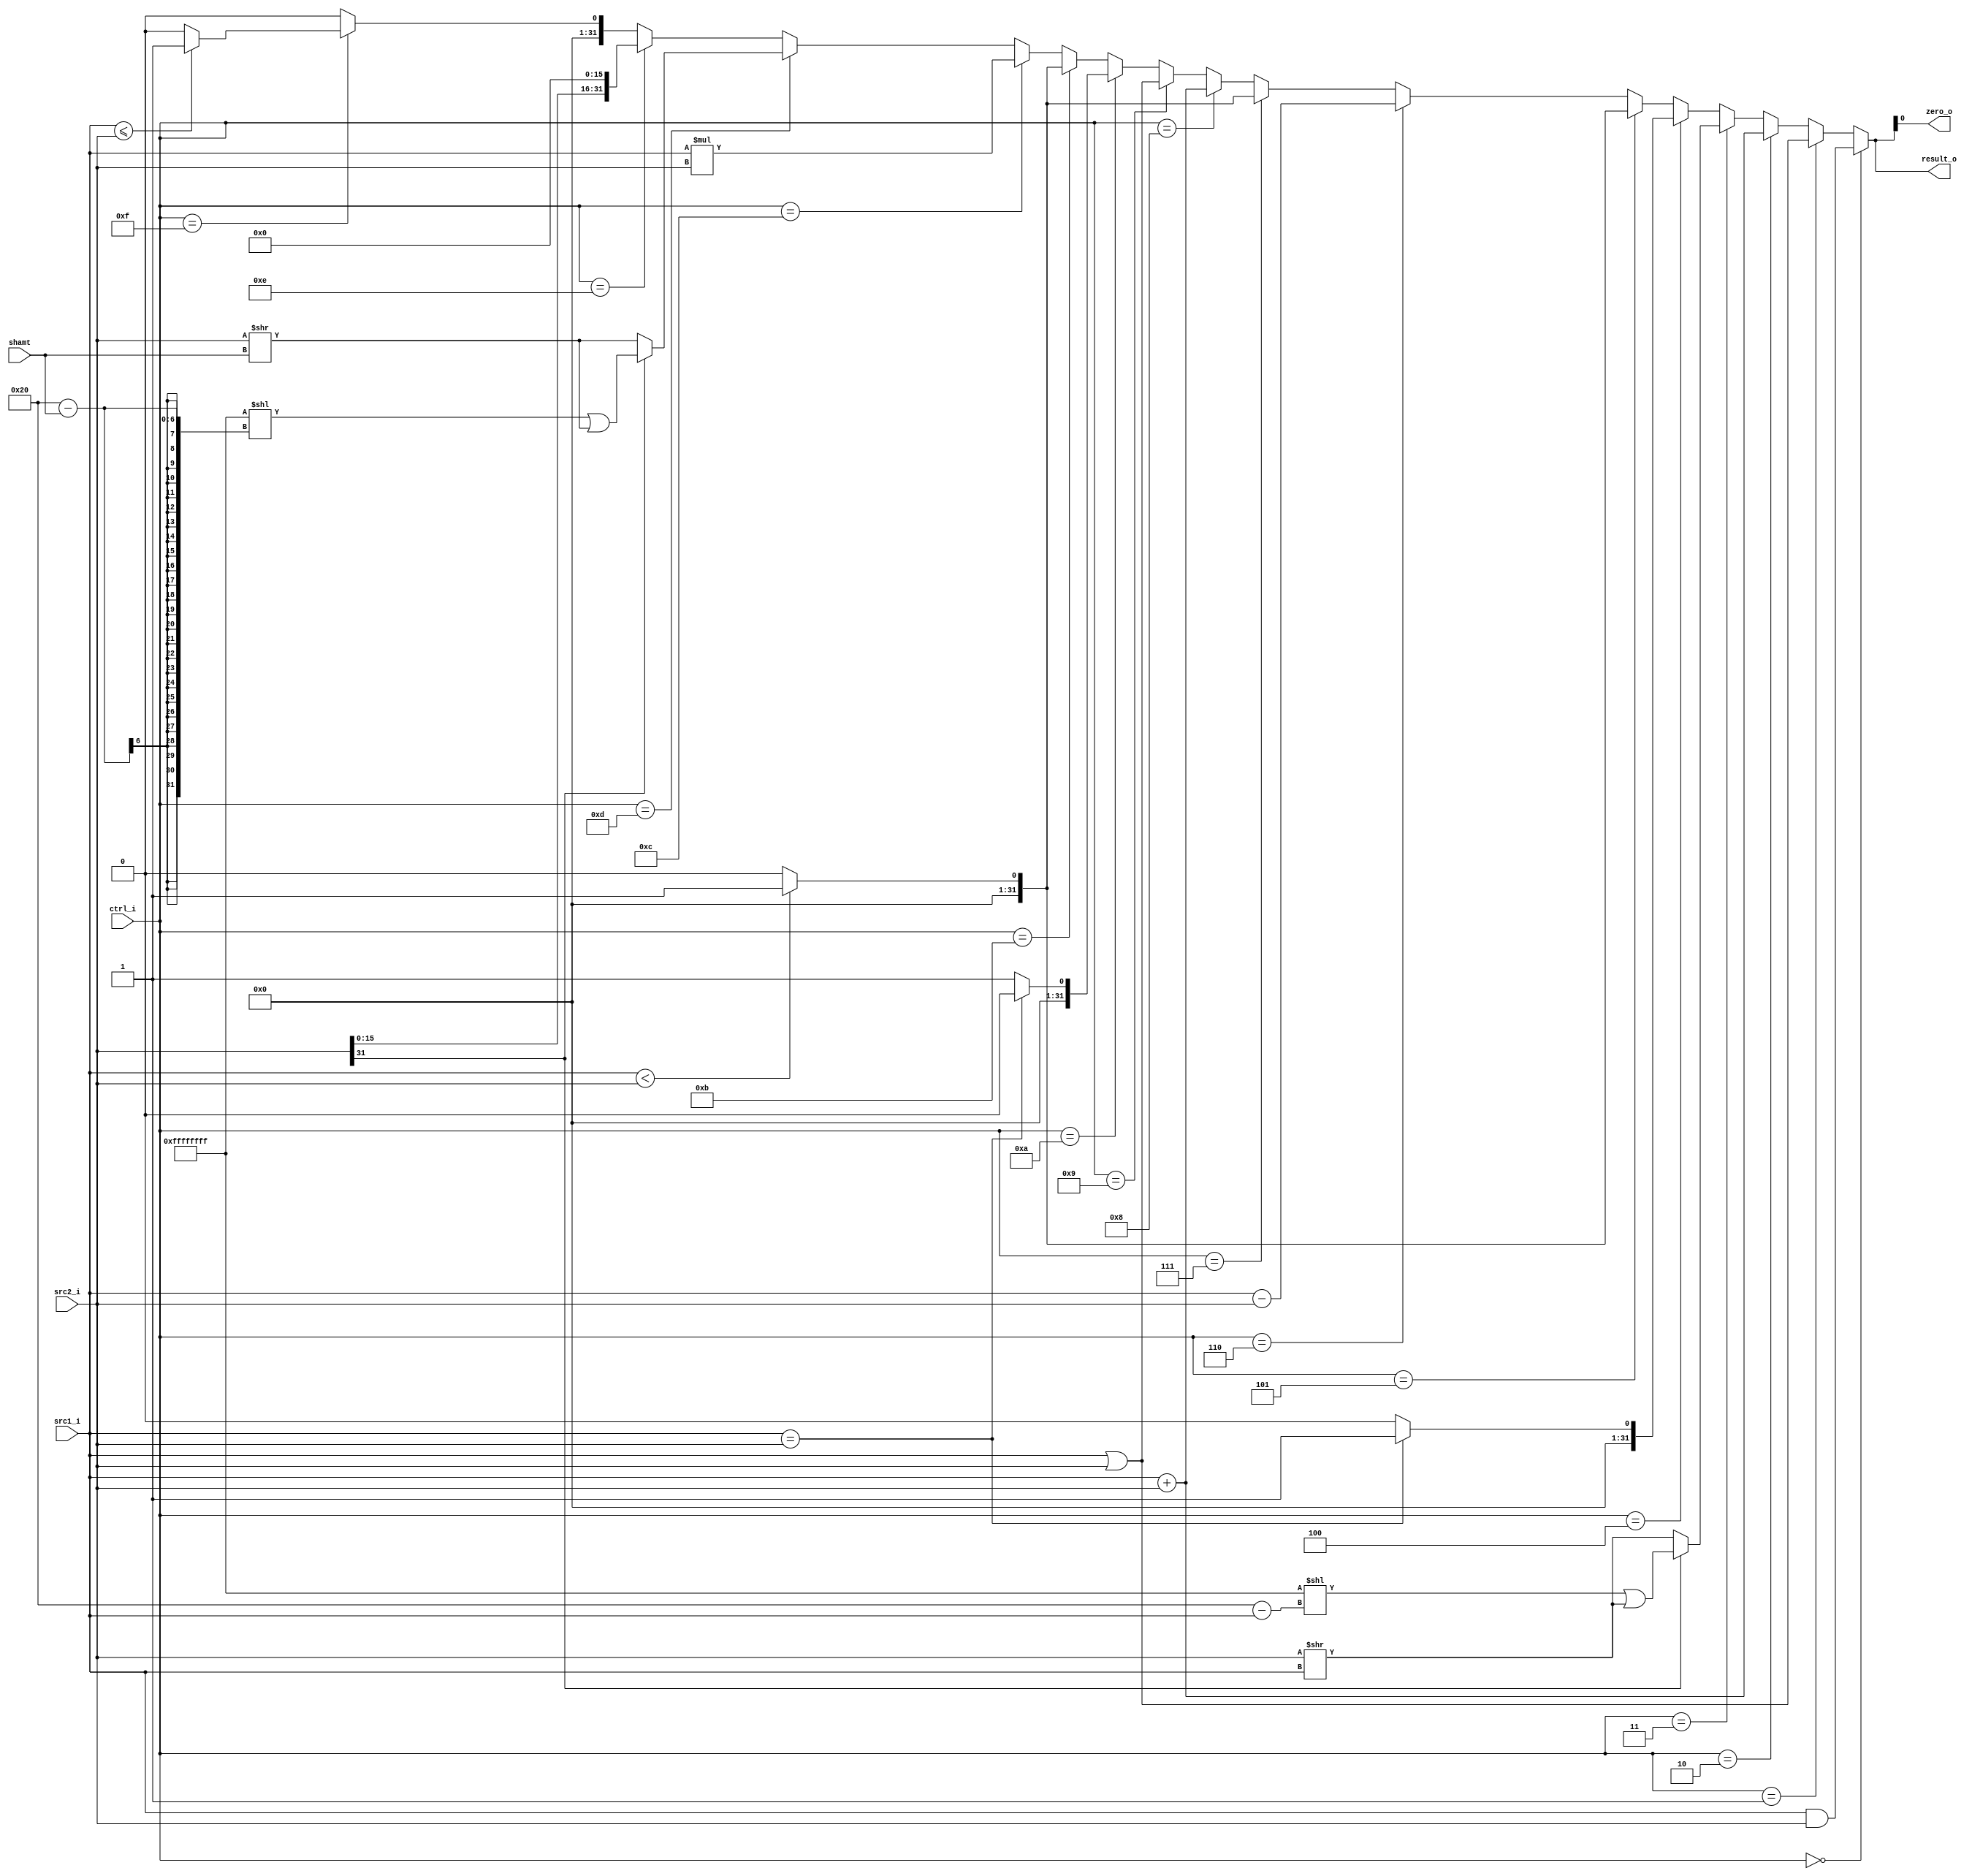
// 0613144  0613149 G

//Subject:     CO project 3 - Simple Single CPU
//--------------------------------------------------------------------------------
//Version:     1
//--------------------------------------------------------------------------------
//Writer:      0613144  0613149 G
//----------------------------------------------
//----------------------------------------------
//Description: 
//--------------------------------------------------------------------------------

module ALU(
    src1_i,
	src2_i,
	ctrl_i,
	result_o,
	zero_o, 
	shamt
	);
     
//I/O ports
input  [32-1:0]  src1_i;
input  [32-1:0]	 src2_i;
input  [5-1: 0]  ctrl_i;
input  [5-1: 0]   shamt;   

output [32-1:0]	 result_o;
output           zero_o;

//Internal signals
reg    [32-1:0]  result_o;
wire             zero_o;
integer          i = 0;
reg    [32-1:0] ones = 32'b11111111111111111111111111111111;
reg    [32-1:0] reg_2;
//assign src2_i[31:16] = (src2_i[15] == 1'b1)?;
//Parameter
assign zero_o = result_o ;
//Main function
always @(ctrl_i,src1_i,src2_i)begin
 // case (ctrl_i)
    ones = 32'b11111111111111111111111111111111;
    if(ctrl_i == 0)result_o<= src1_i&src2_i;                                //or
    else if(ctrl_i == 1)result_o<= src1_i | src2_i;                         //and
	else if(ctrl_i == 2)result_o<=src1_i+src2_i;                            //addu 
	else if(ctrl_i == 3)                                               //srav
    begin                                              
             if(src2_i[31] == 1)begin
               ones = ones << (32-src1_i);
               reg_2 = src2_i>>src1_i;
               result_o<= (ones | reg_2 );
             end
             else result_o<=src2_i>>src1_i;
    end                       
	else if(ctrl_i == 4)result_o<= (src1_i == src2_i)? 1'b1:1'b0;           //beq
	else if(ctrl_i == 5)result_o<= (src1_i < src2_i)? 1'b1:1'b0;            //sltiu
	else if(ctrl_i == 6)result_o<=src1_i-src2_i;                            //subu
	else if(ctrl_i == 7)result_o<= (src1_i < src2_i)? 1'b1:1'b0;            //slt
	else if(ctrl_i == 8)result_o[31:0]<= src1_i[31:0] + src2_i[31:0];       //addi 
	else if(ctrl_i == 9)result_o<= (src1_i | src2_i);                       //ORI
	else if(ctrl_i == 10)result_o <= (src1_i == src2_i)? 1'b0:1'b1;          //bne
	else if(ctrl_i == 11)result_o <= (src1_i < src2_i)? 1'b1:1'b0;           //bltz
	else if(ctrl_i == 12)result_o<= src1_i*src2_i;                          //mul
	else if(ctrl_i == 13)begin                                              //sra
	     if(src2_i[31] == 1)begin
	       ones = ones << (32-shamt);
	       reg_2 = src2_i>>shamt;
	       result_o<= (ones | reg_2 );
	     end
	     else result_o<=src2_i>>shamt;
    end
	else if(ctrl_i == 14)result_o <= src2_i<<16;                             //LUI  
	else if(ctrl_i == 15)result_o <= (src1_i <= src2_i)? 1'b1:1'b0;          //ble
	else result_o<= 0;
	
end


endmodule